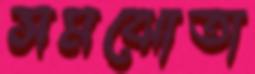
সমঝোতা